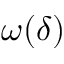
\omega ( \delta )